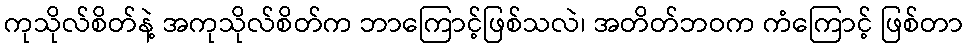
ကုသိုလ်စိတ်နဲ့ အကုသိုလ်စိတ်က ဘာကြောင့်ဖြစ်သလဲ၊ အတိတ်ဘဝက ကံကြောင့် ဖြစ်တာ